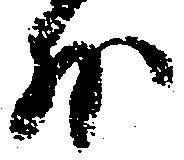
外